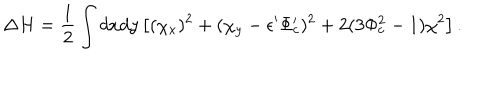
\Delta H = \frac { 1 } { 2 } \int d x d y \left[ ( \chi _ { x } ) ^ { 2 } + ( \chi _ { y } - \epsilon ^ { \prime } \Phi _ { c } ^ { \prime } ) ^ { 2 } + 2 ( 3 \Phi _ { c } ^ { 2 } - 1 ) \chi ^ { 2 } \right] .